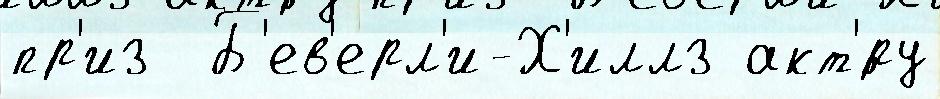
пр'из  Б'ев'ерл'и-Х'иллз акт'́ру